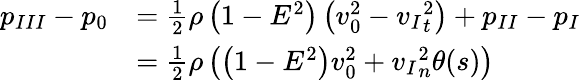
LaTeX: \begin{array}{rl}{{p_{III}}-{p_{0}}}&{=\frac{1}{2}\rho\left(1-E^{2}\right)\left(v_{0}^{2}-{v_{I}}_{t}^{2}\right)+p_{II}-p_{I}}\\ &{=\frac{1}{2}\rho\left(\left(1-E^{2}\right)v_{0}^{2}+{v_{I}}_{n}^{2}\theta(s)\right)}\end{array}